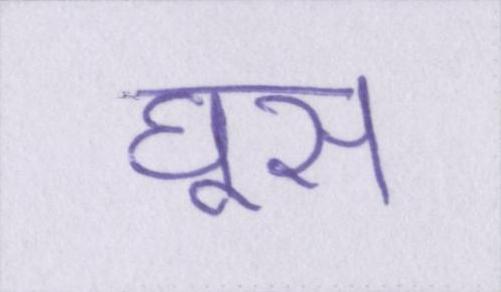
घूस